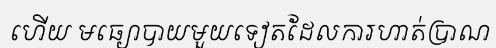
ហើយ មធ្យោបាយមួយទៀតដែលការហាត់ប្រាណ